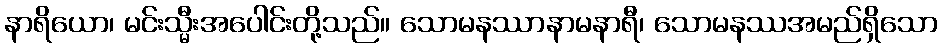
နာရိယော၊ မင်းသ္မီးအပေါင်းတို့သည်။ သောမနဿာနာမနာရီ၊ သောမနဿအမည်ရှိသော